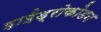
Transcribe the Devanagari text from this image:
हाईड्रोकोडन